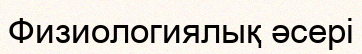
Физиологиялық әсері